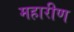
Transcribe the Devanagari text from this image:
महारीण